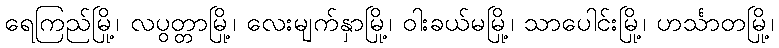
ရေကြည်မြို့၊ လပွတ္တာမြို့၊ လေးမျက်နှာမြို့၊ ဝါးခယ်မမြို့၊ သာပေါင်းမြို့၊ ဟင်္သာတမြို့၊